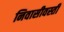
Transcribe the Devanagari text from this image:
निवासीवस्ती